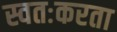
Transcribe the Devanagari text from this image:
स्वतःकरता